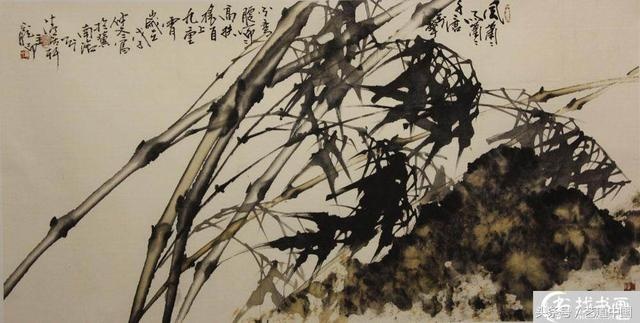
君子之守，修其身而天下平。